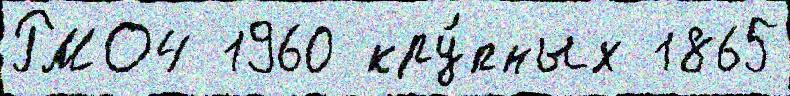
РМО4 1960 кру́пных 1865